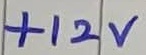
Text: +12V